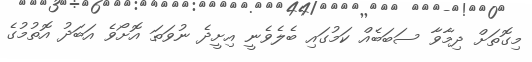
މިގޮތަށް ދިމާވާ ސަބަބެއް ކަމުގައި ބެލެވެނީ އިށީދެ ނުވަތަ އޮށޯވެ އަބަދު އޮތުމުގެ